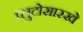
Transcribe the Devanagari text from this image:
प्लुटोसारखे